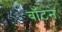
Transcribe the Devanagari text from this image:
बॉटने